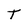
Character: T